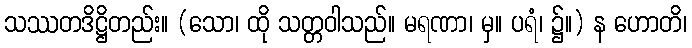
သဿတဒိဋ္ဌိတည်း။ (သော၊ ထို သတ္တဝါသည်။ မရဏာ၊ မှ။ ပရံ၊ ၌။) န ဟောတိ၊